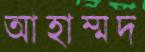
আহাম্মদ